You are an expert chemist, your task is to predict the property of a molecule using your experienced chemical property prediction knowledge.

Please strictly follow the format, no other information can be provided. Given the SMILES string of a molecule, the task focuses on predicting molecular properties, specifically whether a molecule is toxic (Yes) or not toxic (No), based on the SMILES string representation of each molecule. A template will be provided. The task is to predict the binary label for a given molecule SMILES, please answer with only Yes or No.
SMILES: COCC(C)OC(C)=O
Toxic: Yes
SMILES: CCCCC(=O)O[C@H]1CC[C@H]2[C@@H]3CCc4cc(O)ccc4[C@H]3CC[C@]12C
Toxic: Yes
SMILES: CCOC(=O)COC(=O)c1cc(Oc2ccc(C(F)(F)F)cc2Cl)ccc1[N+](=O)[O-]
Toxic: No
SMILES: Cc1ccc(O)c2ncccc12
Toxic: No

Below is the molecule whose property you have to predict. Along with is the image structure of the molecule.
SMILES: Clc1cccc(-c2cc(Cl)cc(Cl)c2)c1
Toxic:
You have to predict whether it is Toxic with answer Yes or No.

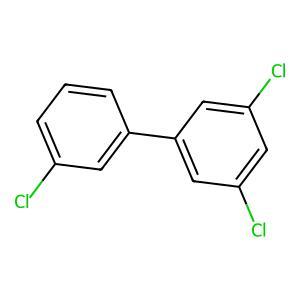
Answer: No